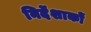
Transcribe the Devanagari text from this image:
निर्देंशाकों